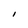
Character: i